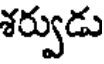
శర్వుడు